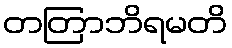
တတြာဘိရမတိ